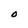
Character: O